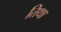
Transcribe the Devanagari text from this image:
तिथा